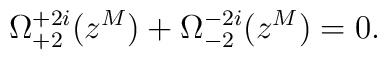
\Omega^{+2i}_{+2}(z^M)+\Omega^{-2i}_{-2}(z^M)=0.